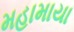
મહામાયા